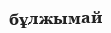
бұлжымай